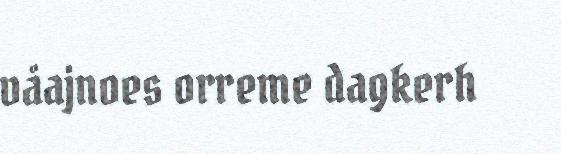
våajnoes orreme dagkerh